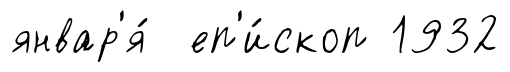
январ'я́ еп'и́скоп 1932